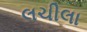
લચીલા